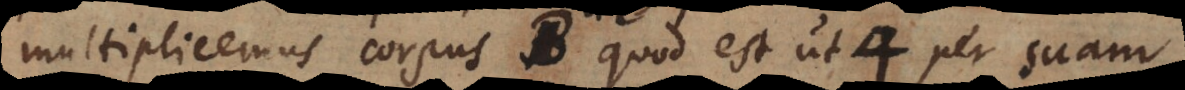
multiplicemus corpus B quod est ut 4, per suam